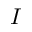
I